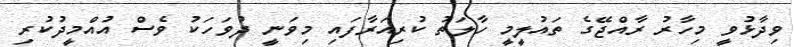
ވިދާޅުވީ މިހާރު ރާއްޖޭގެ ތައުލީމީ ހާލަތު ކުރިއަރާފައި މިވަނީ ދުވަހަކު ވެސް އުއްމީދުކުރި